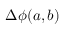
\Delta \phi ( a , b )